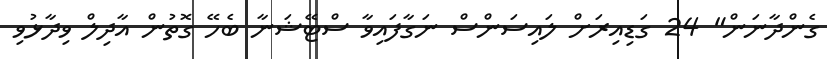
ގެންދާނަން" 24 ގަޑިއިރަށް ލައިސަންސް ނަގާފައިވާ ސްޓޭޝަނާ ބެހޭ ގޮތުން އާދިލް ވިދާޅުވި